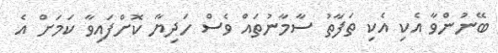
ބޭނުންވާ އެކި އެކި ތަފާތު ސާމާނުތައް ވެސް ހަދިޔާ ކޮށްފައިވާ ކަމަށް އެ